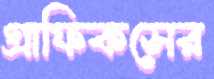
গ্রাফিকসের